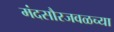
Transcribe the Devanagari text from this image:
मंदसौरजवळच्या